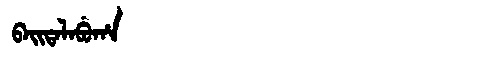
Manchu: ᠪᠠᡳᡨᠠᠯᠠᠪᡠᡥᠠ
Romanization: BAITALABUHA